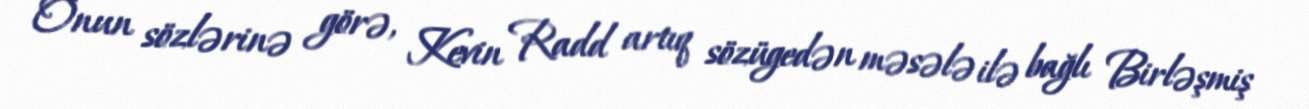
Onun sözlərinə görə, Kevin Radd artıq sözügedən məsələ ilə bağlı Birləşmiş